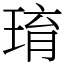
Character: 㻙